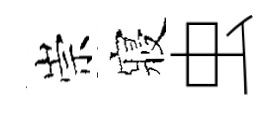
崇寢虫